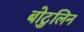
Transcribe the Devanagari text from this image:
बोटुलिन